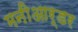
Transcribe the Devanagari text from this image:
मनीआर्डर